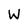
Character: W